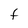
Character: t